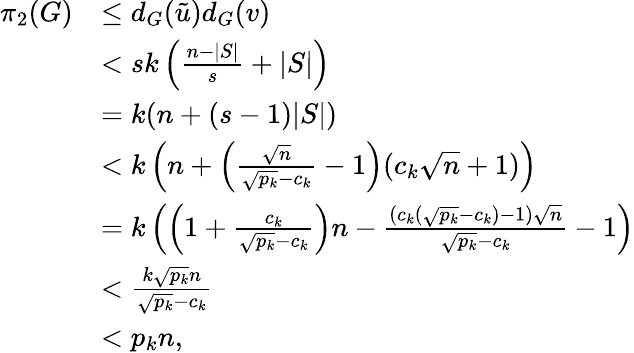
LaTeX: \begin{array}{rl}{\pi_{2}(G)}&{\leq d_{G}(\tilde{u})d_{G}(v)}\\ &{<sk\left(\frac{n-|S|}{s}+|S|\right)}\\ &{=k(n+(s-1)|S|)}\\ &{<k\left(n+\left(\frac{\sqrt{n}}{\sqrt{p_{k}}-c_{k}}-1\right)(c_{k}\sqrt{n}+1)\right)}\\ &{=k\left(\left(1+\frac{c_{k}}{\sqrt{p_{k}}-c_{k}}\right)n-\frac{(c_{k}(\sqrt{p_{k}}-c_{k})-1)\sqrt{n}}{\sqrt{p_{k}}-c_{k}}-1\right)}\\ &{<\frac{k\sqrt{p_{k}}n}{\sqrt{p_{k}}-c_{k}}}\\ &{<p_{k}n,}\end{array}